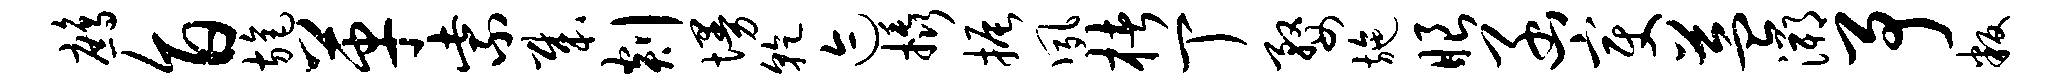
鹧旨旄革紫哉剡墁干迹橇振夙楮丁婺施眼函变益溯予叛